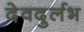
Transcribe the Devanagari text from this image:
देवदुर्लभ